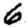
Digit: 6